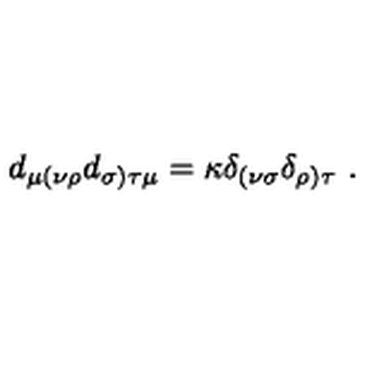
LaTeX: d _ { \mu ( \nu \rho } d _ { \sigma ) \tau \mu } = \kappa \delta _ { ( \nu \sigma } \delta _ { \rho ) \tau } \ .